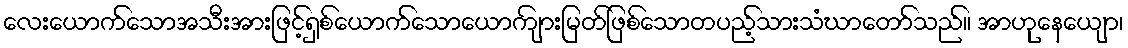
လေးယောက်သောအသီးအားဖြင့်ရှစ်ယောက်သောယောကျ်ားမြတ်ဖြစ်သောတပည့်သားသံဃာတော်သည်။ အာဟုနေယျော၊